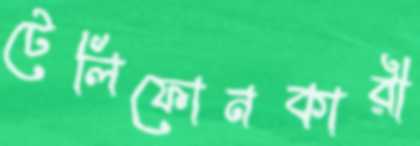
টেলিফোনকারী